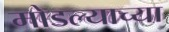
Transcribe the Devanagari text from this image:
मोडल्याच्या